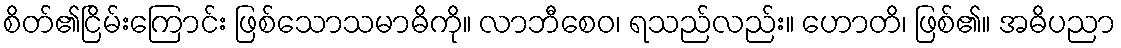
စိတ်၏ငြိမ်းကြောင်း ဖြစ်သောသမာဓိကို။ လာဘီစေဝ၊ ရသည်လည်း။ ဟောတိ၊ ဖြစ်၏။ အဓိပညာ